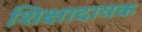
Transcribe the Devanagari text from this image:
शिक्षादायक